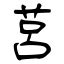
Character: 莒